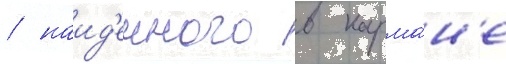
/ наид'енного в карма́н'е